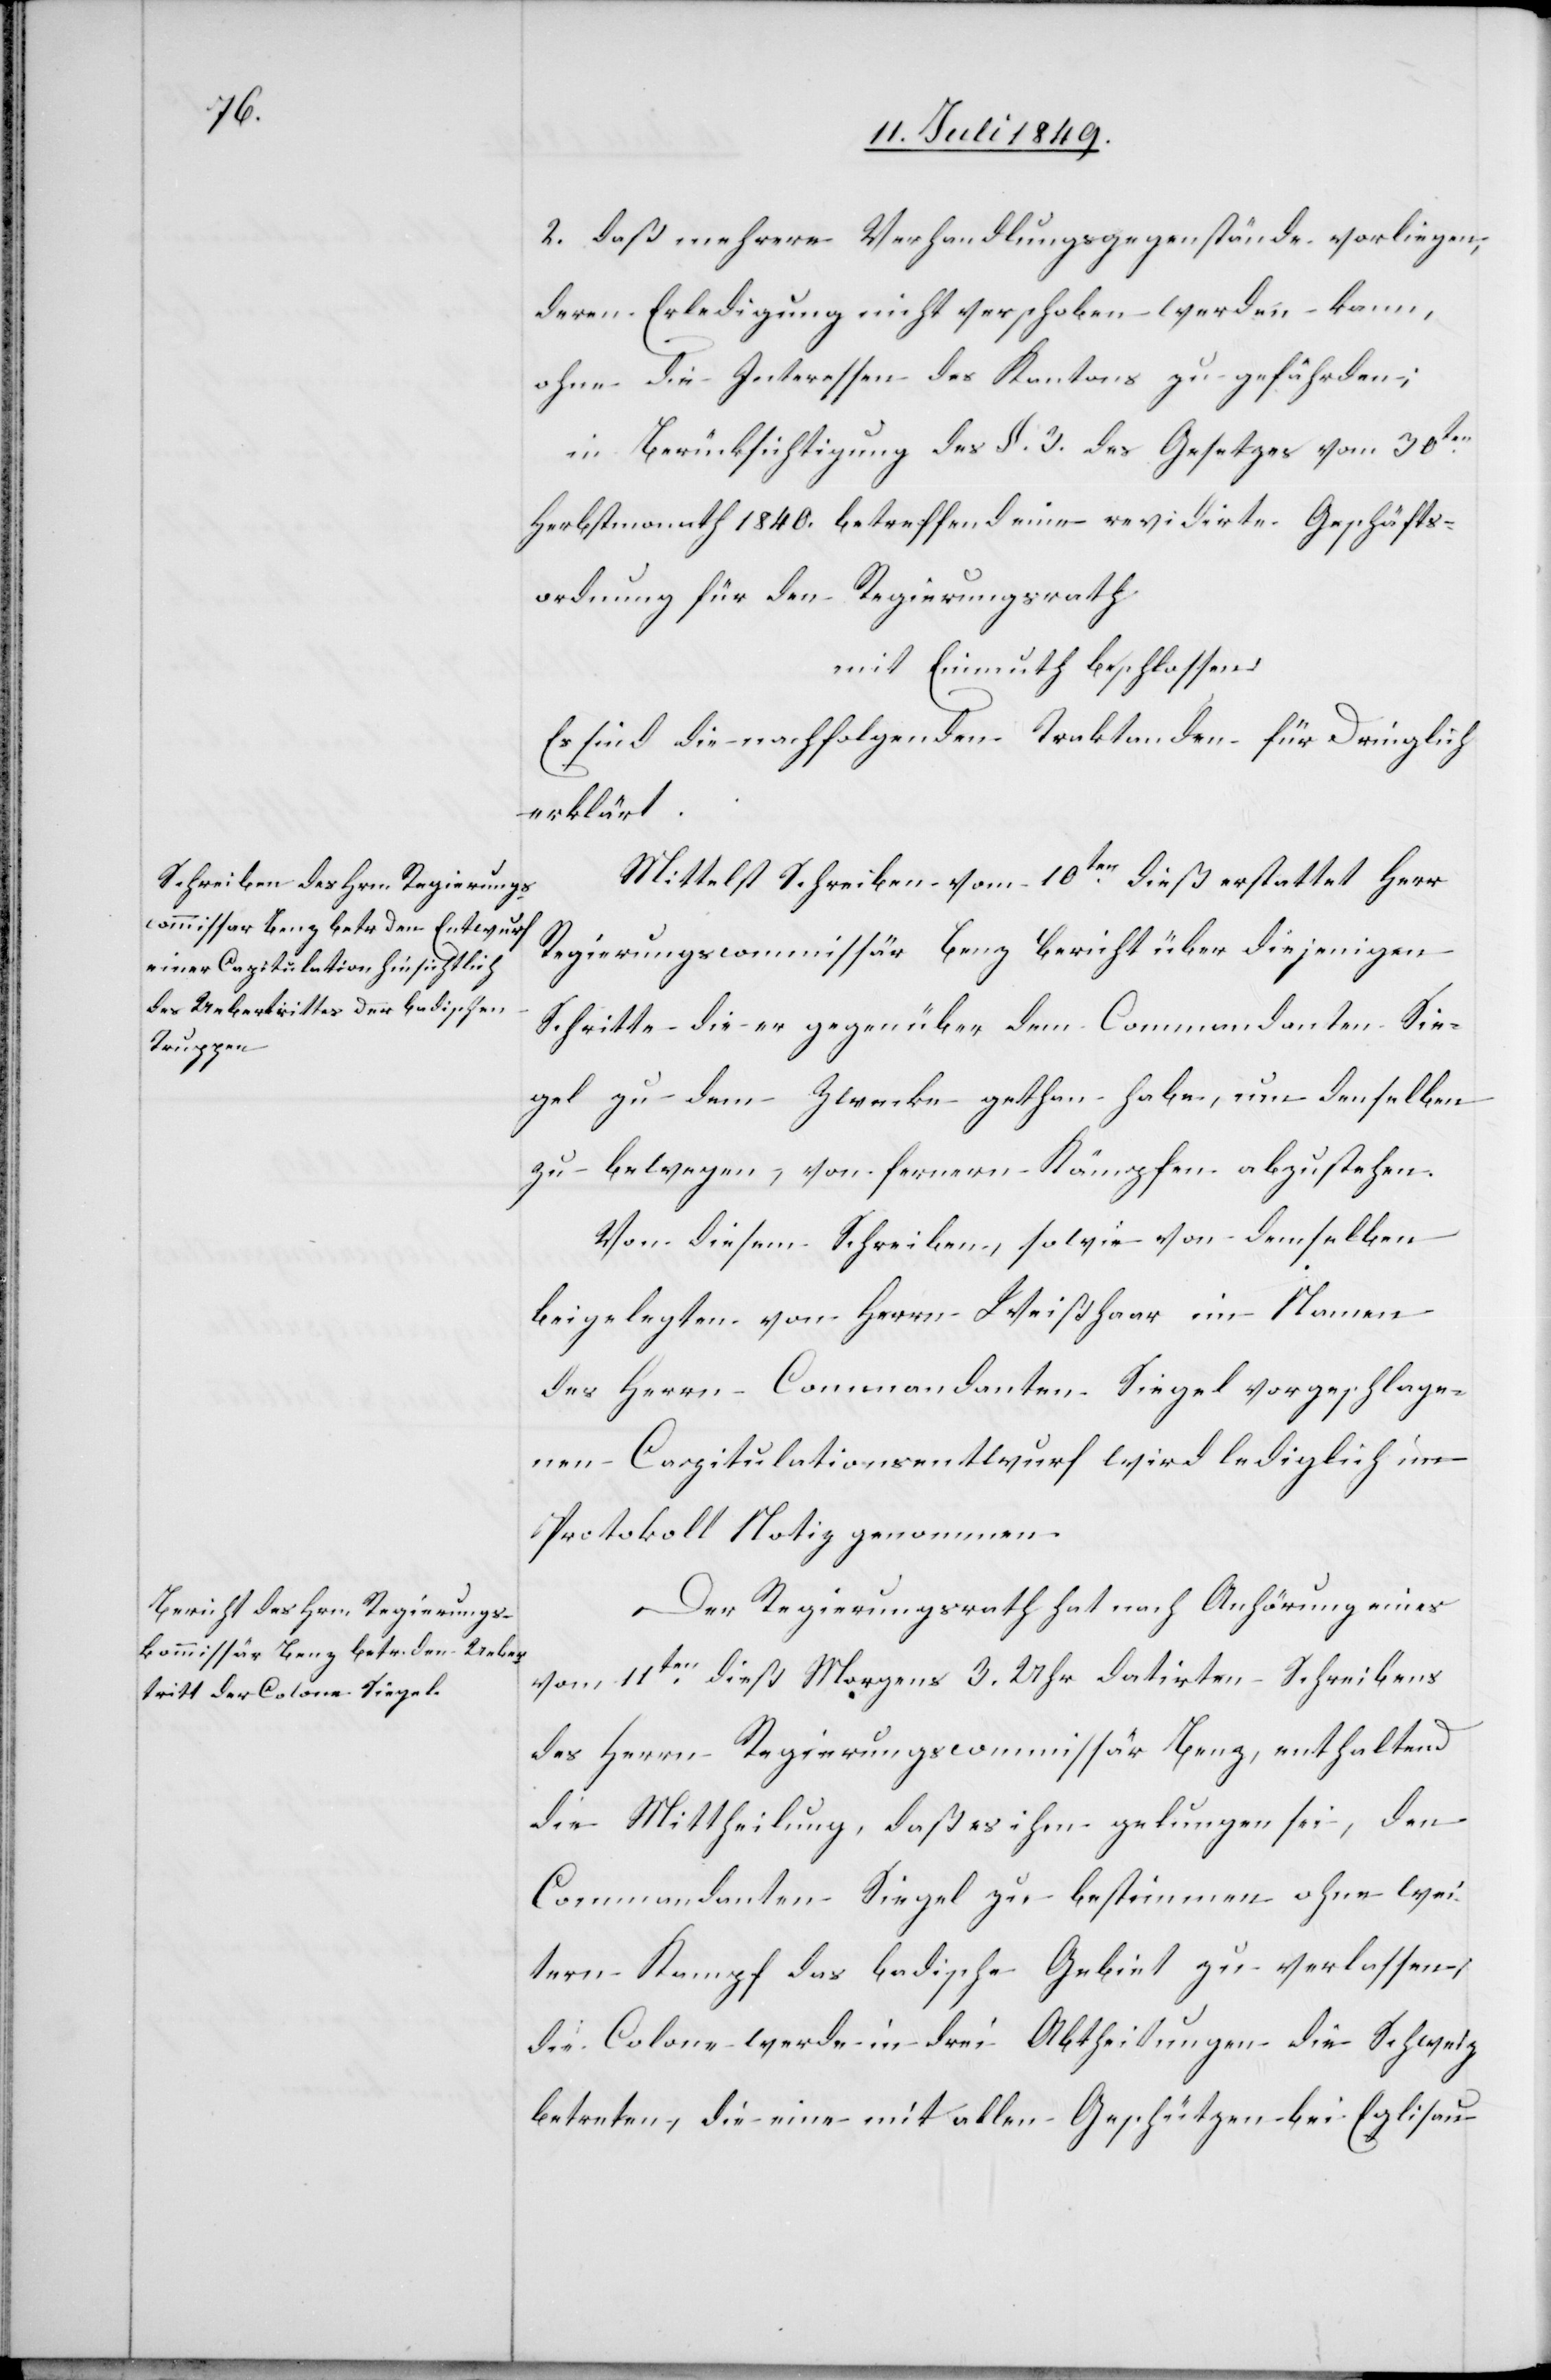
2. daß mehrere Verhandlungsgegenstände vorliegen,
deren Erledigung nicht verschoben werden kann,
ohne die Interessen des Kantons zu gefährden;
in Berücksichtigung des §. 3. des Gesetzes vom 30ten
Herbstmonath 1840. betreffend eine revidirte Geschäfts¬
ordnung für den Regierungsrath
mit Einmuth beschlossen:
Es sind die nachfolgenden Traktanden für Dringlich
erklärt.
Mittelst Schreiben vom 10ten dieß erstattet Herr
Regierungscommissär Benz Bericht über diejenigen
Schritte die er gegenüber dem Commandanten Sie¬
gel zu dem Zwecke gethan habe, um denselben
zu bewegen, von fernern Kämpfen abzustehen.
Von diesem Schreiben, sowie von demselben
beigelegten von Herrn Weißhaar im Namen
des Herrn Commandanten Siegel vorgeschlage¬
nen Capitulationsentwurf wird lediglich im
Protokoll Notiz genommen.
Der Regierungsrath hat nach Anhörung eines
vom 11ten dieß Morgens 3. Uhr datirten Schreibens
des Herrn Regierungscommissär Benz, enthaltend
die Mittheilung, daß es ihm gelungen sei, den
Commandanten Siegel zu bestimmen ohne wei¬
tern Kampf das badische Gebiet zu verlassen,
die Colone werde in drei Abtheilungen die Schweiz
betreten, die eine mit allen Geschützen bei Eglisau